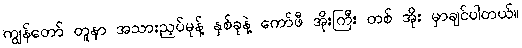
ကျွန်တော် တူနာ အသားညှပ်မုန့် နှစ်ခုနဲ့ ကော်ဖီ အိုးကြီး တစ် အိုး မှာချင်ပါတယ်။